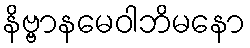
နိဗ္ဗာနမေဝါဘိမနော